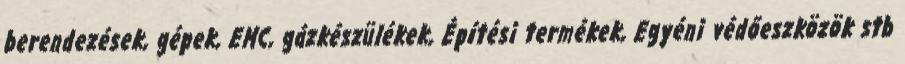
berendezések, gépek, EMC, gázkészülékek, Építési termékek, Egyéni védőeszközök stb